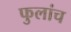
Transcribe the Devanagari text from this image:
फुलांच